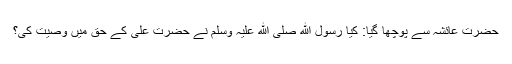
حضرت عائشہ سے پوچھا گیا: کیا رسول ﷲ صلی ﷲ علیہ وسلم نے حضرت علی کے حق میں وصیت کی؟